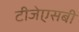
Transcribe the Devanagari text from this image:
टीजेएसबी